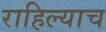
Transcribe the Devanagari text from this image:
राहिल्याच